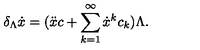
\delta _ { \Lambda } \dot { x } = ( \ddot { x } c + \sum _ { k = 1 } ^ { \infty } \dot { x } ^ { k } c _ { k } ) \Lambda .